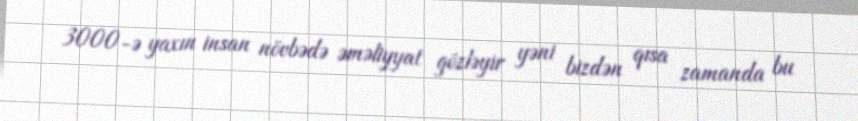
3000-ə yaxın insan növbədə əməliyyat gözləyir yəni bizdən qısa zamanda bu